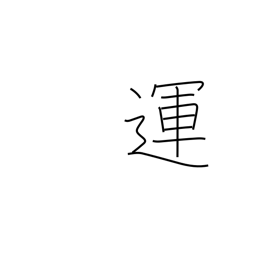
Meaning: destiny